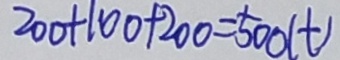
2 0 0 + 1 0 0 + 2 0 0 = 5 0 0 ( t )